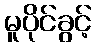
မူပိုင်ခွင့်